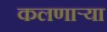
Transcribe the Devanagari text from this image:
कलणाऱ्या